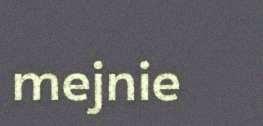
mejnie